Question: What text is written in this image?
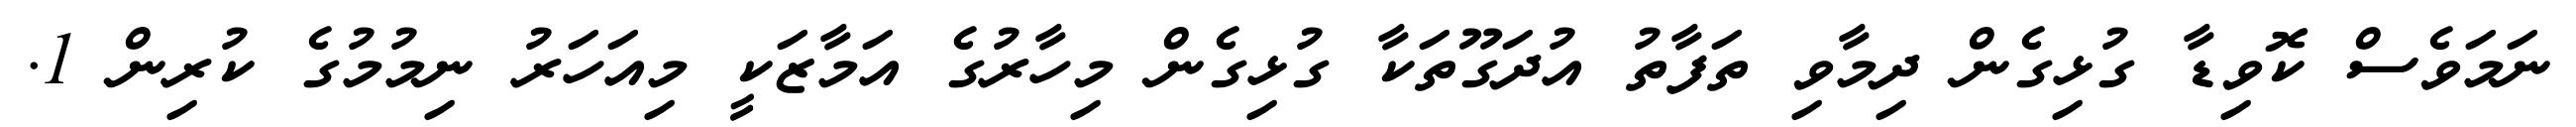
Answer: ނަމަވެސް ކޮވިޑާ ގުޅިގެން ދިމާވި ތަފާތު އުދަގޫތަކާ ގުޅިގެން މިހާރުގެ އަމާޒަކީ މިއަހަރު ނިމުމުގެ ކުރިން 1.